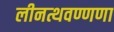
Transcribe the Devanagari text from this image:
लीनत्थवण्णणा